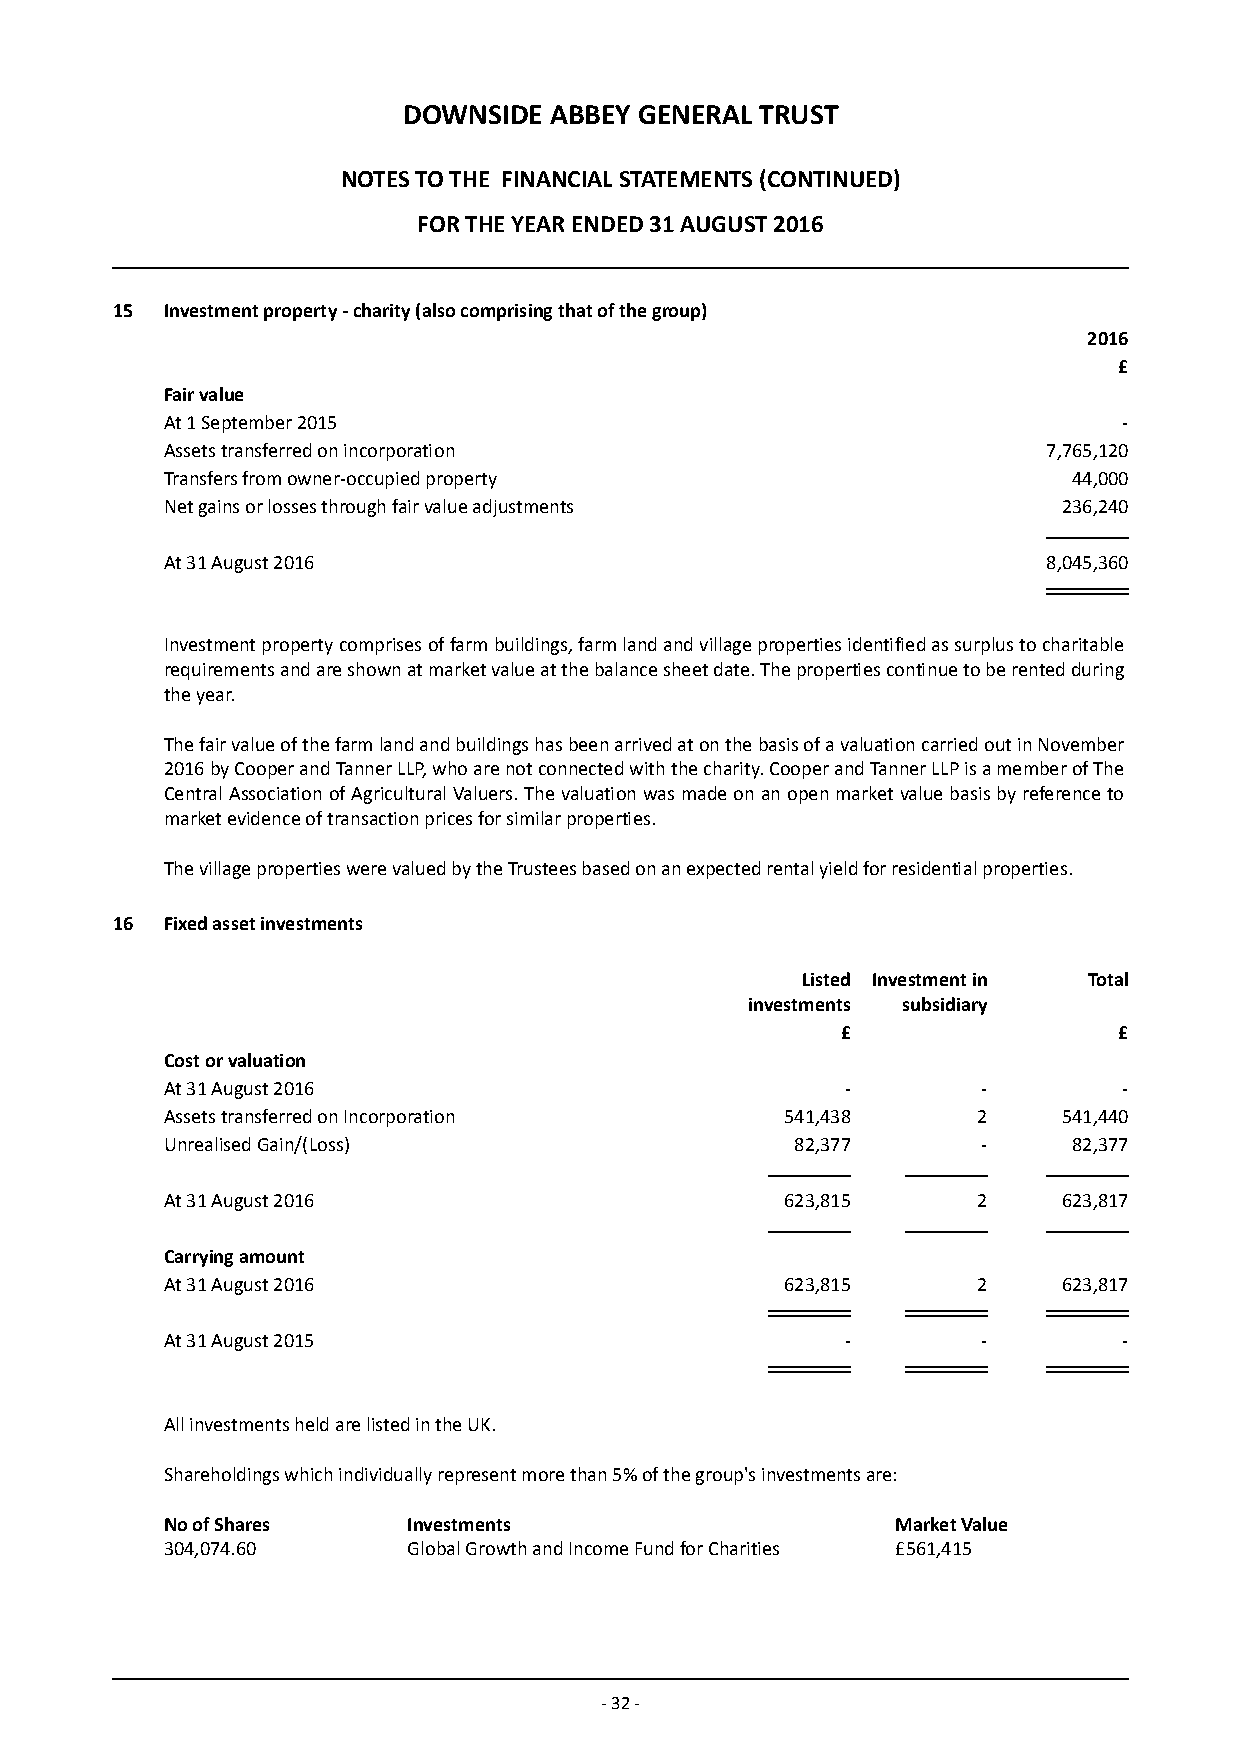
DOWNSIDE ABBEY GENERAL TRUST
 NOTES TO THE FINANCIAL STATEMENTS (CONTINUED)
 FOR THE YEAR ENDED 31 AUGUST 2016
 15  Investment property - charity (also comprising that of the group)
 2016
 £
 Fair value
 At 1 September 2015                                            -
 Assets transferred on incorporation                       7,765,120
 Transfers from owner-occupied property                      44,000
 Net gains or losses through fair value adjustments         236,240
 At 31 August 2016                                         8,045,360
 Investment property comprises of farm buildings, farm land and village properties identified as surplus to charitable
 requirements and are shown at market value at the balance sheet date. The properties continue to be rented during
 the year.
 The fair value of the farm land and buildings has been arrived at on the basis of a valuation carried out in November
 2016 by Cooper and Tanner LLP, who are not connected with the charity. Cooper and Tanner LLP is a member of The
 Central Association of Agricultural Valuers. The valuation was made on an open market value basis by reference to
 market evidence of transaction prices for similar properties.
 The village properties were valued by the Trustees based on an expected rental yield for residential properties.
 16  Fixed asset investments
 Listed Investment in Total
 investments subsidiary
 £                 £
 Cost or valuation
 At 31 August 2016                            -        -        -
 Assets transferred on Incorporation      541,438      2    541,440
 Unrealised Gain/(Loss)                    82,377      -     82,377
 At 31 August 2016                        623,815      2    623,817
 Carrying amount
 At 31 August 2016                        623,815      2    623,817
 At 31 August 2015                            -        -        -
 All investments held are listed in the UK.
 Shareholdings which individually represent more than 5% of the group's investments are:
 No of Shares    Investments                     Market Value
 304,074.60      Global Growth and Income Fund for Charities £561,415
 - 32 -